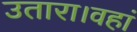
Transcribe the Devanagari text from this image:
उतारा।वहां